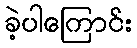
ခဲ့ပါကြောင်း